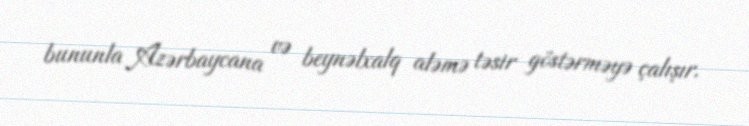
bununla Azərbaycana və beynəlxalq aləmə təsir göstərməyə çalışır.